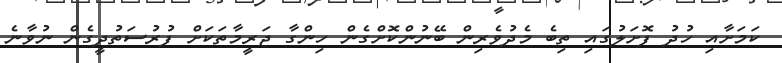
ކަމަށާއި ހުދު ފޮށަލުގައި ތިބެ މެދުވެރިން ބޭނުންކޮށްގެން ހިންގާ ޖަރީމާތަކަށް ފުރުސަތުދީގެން ނުވާނެ